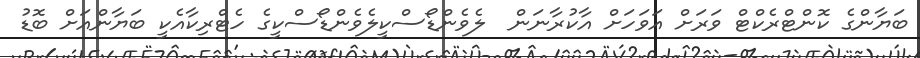
ބަޔާންގެ ކޮންޓްރެކްޓް ވަރަށް އަވަހަށް އާކުރާނަން  ލެވެންޑޯސްކީލެވެންޑޯސްކީގެ ހެޓްރިކާއެކީ ބަޔާންއަށް ބޮޑު